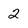
Character: 2